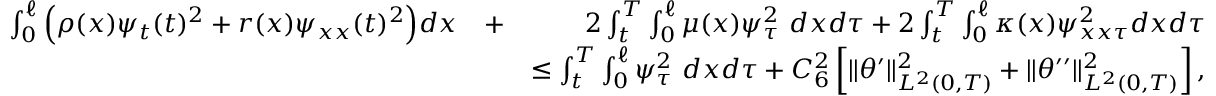
\begin{array} { r l r } { \int _ { 0 } ^ { \ell } \Big ( \rho ( x ) \psi _ { t } ( t ) ^ { 2 } + r ( x ) \psi _ { x x } ( t ) ^ { 2 } \Big ) d x } & { + } & { 2 \int _ { t } ^ { T } \int _ { 0 } ^ { \ell } \mu ( x ) \psi _ { \tau } ^ { 2 } \ d x d \tau + 2 \int _ { t } ^ { T } \int _ { 0 } ^ { \ell } \kappa ( x ) \psi _ { x x \tau } ^ { 2 } d x d \tau } \\ & { } & { \leq \int _ { t } ^ { T } \int _ { 0 } ^ { \ell } \psi _ { \tau } ^ { 2 } \ d x d \tau + C _ { 6 } ^ { 2 } \left[ \Vert \theta ^ { \prime } \Vert _ { L ^ { 2 } ( 0 , T ) } ^ { 2 } + \Vert \theta ^ { \prime \prime } \Vert _ { L ^ { 2 } ( 0 , T ) } ^ { 2 } \right] , } \end{array}